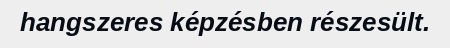
hangszeres képzésben részesült.